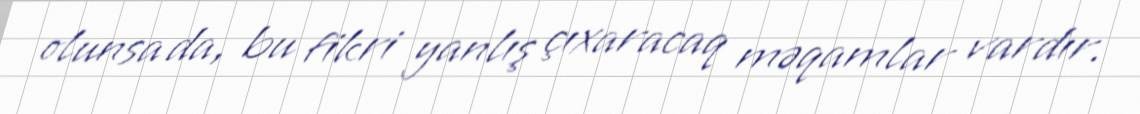
olunsa da, bu fikri yanlış çıxaracaq məqamlar vardır.